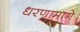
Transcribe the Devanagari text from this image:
धरणामागे